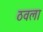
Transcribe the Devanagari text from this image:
ठवला